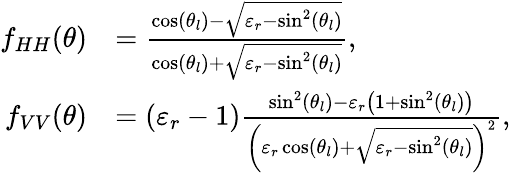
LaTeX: \begin{array}{rl}{f_{HH}(\theta)}&{=\frac{\cos(\theta_{l})-\sqrt{\varepsilon_{r}-\sin^{2}(\theta_{l})}}{\cos(\theta_{l})+\sqrt{\varepsilon_{r}-\sin^{2}(\theta_{l})}},}\\ {f_{VV}(\theta)}&{=(\varepsilon_{r}-1)\frac{\sin^{2}(\theta_{l})-\varepsilon_{r}\left(1+\sin^{2}(\theta_{l})\right)}{\left(\varepsilon_{r}\cos(\theta_{l})+\sqrt{\varepsilon_{r}-\sin^{2}(\theta_{l})}\right)^{2}},}\end{array}